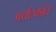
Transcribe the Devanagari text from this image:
पर्यटकांत